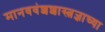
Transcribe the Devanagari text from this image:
मानववंशशास्त्रज्ञाच्या